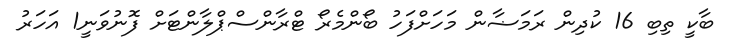
ބާކީ ތިބި 16 ކުދިން ރަމަޟާން މަހަށްފަހު ބޯންމެރޯ ޓްރާންސްޕްލާންޓަށް ފޮނުވަނީ1 އަހަރު